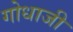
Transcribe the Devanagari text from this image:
गोधाजी